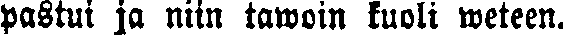
pastui ja niin tawoin kuoli weteen.